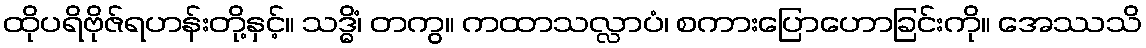
ထိုပရိဗိုဇ်ရဟန်းတို့နှင့်။ သဒ္ဓိံ၊ တကွ။ ကထာသလ္လာပံ၊ စကားပြောဟောခြင်းကို။ အေဿသိ